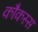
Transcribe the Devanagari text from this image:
कौकस्स